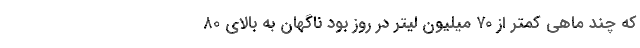
که چند ماهی کمتر از ۷۰ میلیون لیتر در روز بود ناگهان به بالای ۸۰